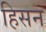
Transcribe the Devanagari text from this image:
हिसन